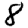
Digit: 8